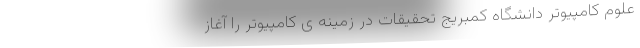
علوم کامپیوتر دانشگاه کمبریج تحقیقات در زمینه ی کامپیوتر را آغاز